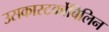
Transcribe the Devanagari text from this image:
उसकास्‍टर्कोबिलिन